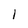
Character: l